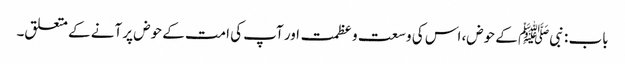
باب : نبیﷺ کے حوض، اس کی وسعت و عظمت اور آپ کی امت کے حوض پر آنے کے متعلق۔